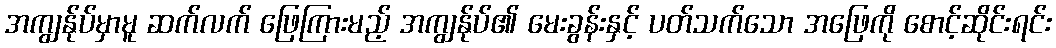
အကျွန်ုပ်မှာမူ ဆက်လက် ဖြေကြားမည့် အကျွန်ုပ်၏ မေးခွန်းနှင့် ပတ်သက်သော အဖြေကို စောင့်ဆိုင်းရင်း